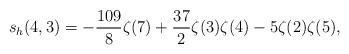
LaTeX: \begin{align*} s_h(4,3) = -\frac{109}{8} \zeta(7) + \frac{37}{2} \zeta(3) \zeta(4) -5 \zeta(2) \zeta(5),\end{align*}